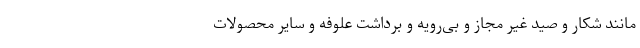
مانند شکار و صید غیر مجاز و بی‌رویه و برداشت علوفه و سایر محصولات